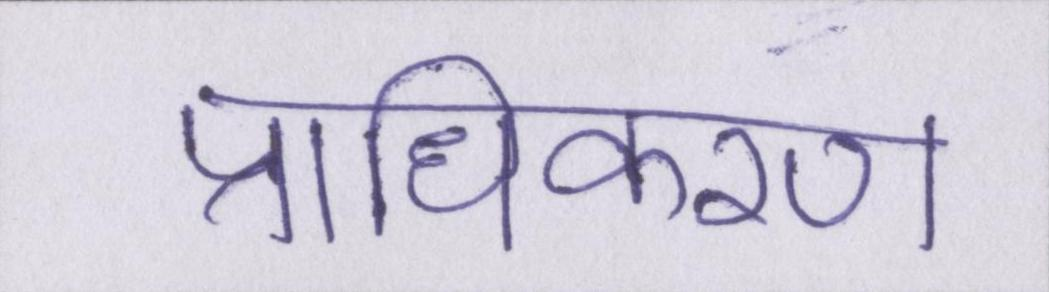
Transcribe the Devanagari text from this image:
प्राधिकरण